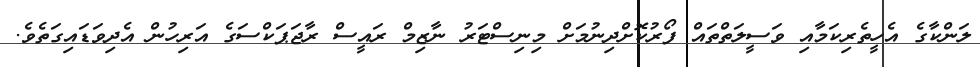
ލަންކާގެ އެހީތެރިކަމާއި ވަސީލަތްތައް ފޯރުކޮށްދިނުމަށް މިނިސްޓަރު ނާޒިމް ރައީސް ރާޖަޕަކްސަގެ އަރިހުން އެދިވަޑައިގަތެވެ.